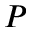
P